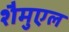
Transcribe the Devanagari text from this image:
शैमुएल